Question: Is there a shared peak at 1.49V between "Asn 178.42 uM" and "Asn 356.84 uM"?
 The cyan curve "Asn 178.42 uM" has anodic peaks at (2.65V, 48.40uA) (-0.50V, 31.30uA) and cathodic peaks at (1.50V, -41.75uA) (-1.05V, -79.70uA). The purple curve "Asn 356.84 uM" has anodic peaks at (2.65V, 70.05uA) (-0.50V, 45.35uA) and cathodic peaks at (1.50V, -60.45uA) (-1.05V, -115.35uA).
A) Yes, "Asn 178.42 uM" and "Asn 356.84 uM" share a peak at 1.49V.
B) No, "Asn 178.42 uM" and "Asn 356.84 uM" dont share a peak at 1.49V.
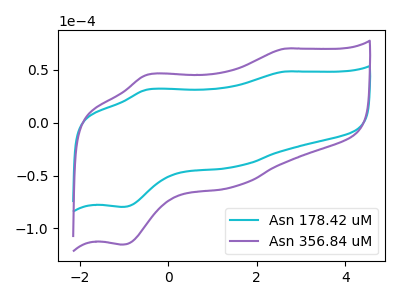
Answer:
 <answer>A) Yes, "Asn 178.42 uM" and "Asn 356.84 uM" share a peak at 1.49V.</answer>
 <eval>A</eval>